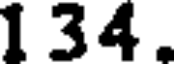
1 34 .